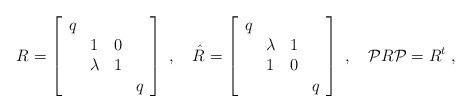
LaTeX: \begin{align*}R=\left[\begin{array}{llll}q & \, & \, & \, \\\, & 1 & 0 & \, \\\, & \lambda & 1 & \, \\\, & \, & \, & q\end{array}\right]\;,\quad \hat{R}=\left[\begin{array}{llll}q & \, & \, & \, \\\, & \lambda & 1 & \, \\\, & 1 & 0 & \, \\\, & \, & \, & q\end{array}\right]\;, \quad {\cal P}R{\cal P}=R^t \;,\end{align*}